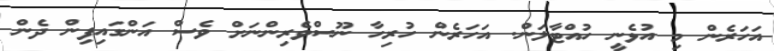
އަހަރެން މި އުޅެނީ ހުއްޓާލަން. އަހަރެން ހުރިހާ ނޫސްވެރިންނަށް ވެސް އަންގައިފިން ދެން